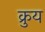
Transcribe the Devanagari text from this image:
क्रुय